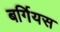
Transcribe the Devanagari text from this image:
बर्गियस